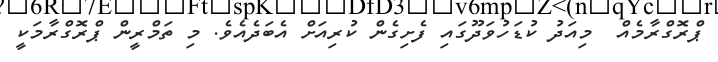
ޕްރޮގްރާމެއް  މިއަދު ކުޑަހުވަދޫގައި ފެށިގެން ކުރިއަށް އެބަދެއެވެ. މި ތަމްރީން ޕްރޮގްރާމަކީ